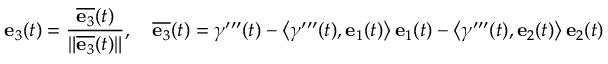
\mathbf { e } _ { 3 } ( t ) = { \frac { { \overline { { \mathbf { e } _ { 3 } } } } ( t ) } { \| { \overline { { \mathbf { e } _ { 3 } } } } ( t ) \| } } , \quad { \overline { { \mathbf { e } _ { 3 } } } } ( t ) = { \boldsymbol { \gamma } } ^ { \prime \prime \prime } ( t ) - { \bigr \langle } { \boldsymbol { \gamma } } ^ { \prime \prime \prime } ( t ) , \mathbf { e } _ { 1 } ( t ) { \bigr \rangle } \, \mathbf { e } _ { 1 } ( t ) - { \bigl \langle } { \boldsymbol { \gamma } } ^ { \prime \prime \prime } ( t ) , \mathbf { e } _ { 2 } ( t ) { \bigr \rangle } \, \mathbf { e } _ { 2 } ( t )